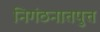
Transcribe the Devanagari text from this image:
निगंठनातपुत्त